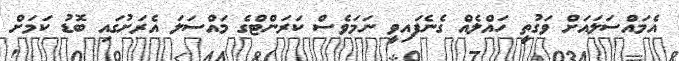
އެމައްސަލައަށް ވަގުތީ ހައްލެއް ގެނެފައިވީ ނަމަވެސް ކަރަންޓްގެ މައްސަލަ އެރަށުގައި ބޮޑު ކަމަށް